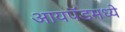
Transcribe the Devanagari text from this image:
आयपॅडमध्ये